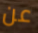
عن